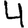
Digit: 4